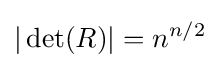
|\det(R)|=n^{n/2}